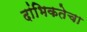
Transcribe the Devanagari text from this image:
दांभिकतेचा